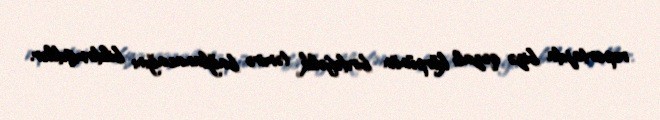
reportajda bizə qəzalı körpünün birdəfəlik təmirə bağlanacağını bildirmişdilər.